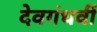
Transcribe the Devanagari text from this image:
देवगंधर्वी